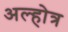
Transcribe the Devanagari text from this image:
अल्होत्र